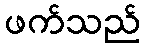
ဖက်သည်